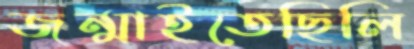
জন্মাইতেছিলি